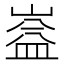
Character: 𭗆